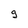
Character: 9